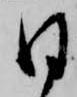
日